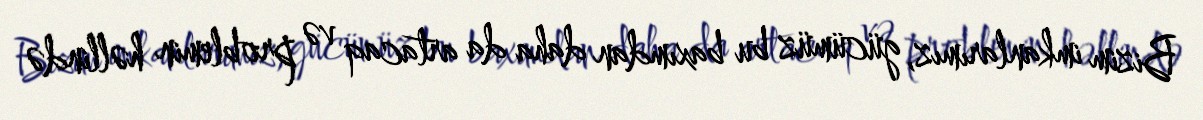
Bizim imkanlarımız, gücümüz bu baxımdan daha da artacaq və problemin həllində